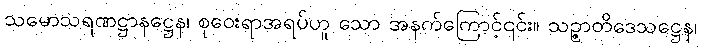
သမောသရဏဋ္ဌာနဋ္ဌေန၊ စုဝေးရာအရပ်ဟူ သော အနက်ကြောင့်၎င်း။ သဉ္ဇာတိဒေသဋ္ဌေန၊